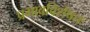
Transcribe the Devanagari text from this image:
प्रभावविशेषतः